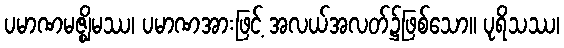
ပမာဏမဇ္ဈိမဿ၊ ပမာဏအားဖြင့် အလယ်အလတ်၌ဖြစ်သော။ ပုရိသဿ၊